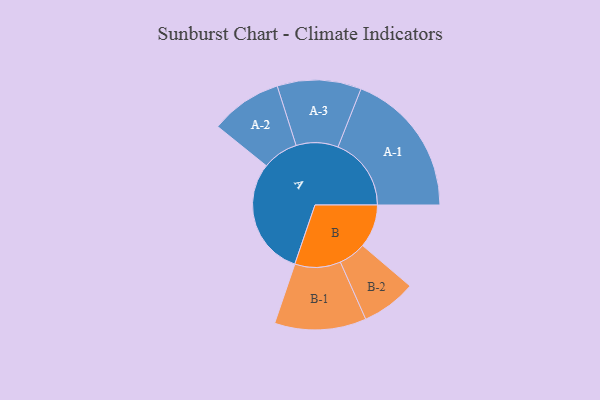
{"axis": {"x": "Segment", "y": "Value"}, "legend": ["", "A", "B"], "data": [{"x": "A", "y": 460, "type": ""}, {"x": "B", "y": 169, "type": ""}, {"x": "A-1", "y": 286, "type": "A"}, {"x": "A-2", "y": 140, "type": "A"}, {"x": "A-3", "y": 164, "type": "A"}, {"x": "B-1", "y": 179, "type": "B"}, {"x": "B-2", "y": 107, "type": "B"}]}